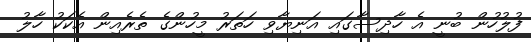
ފުލުހުން ބުނީ އެ ހާދިސާގައި އަނިޔާވި ހަތަރު މީހުންގެ ތެރެއިން އެކަކު ހާލު